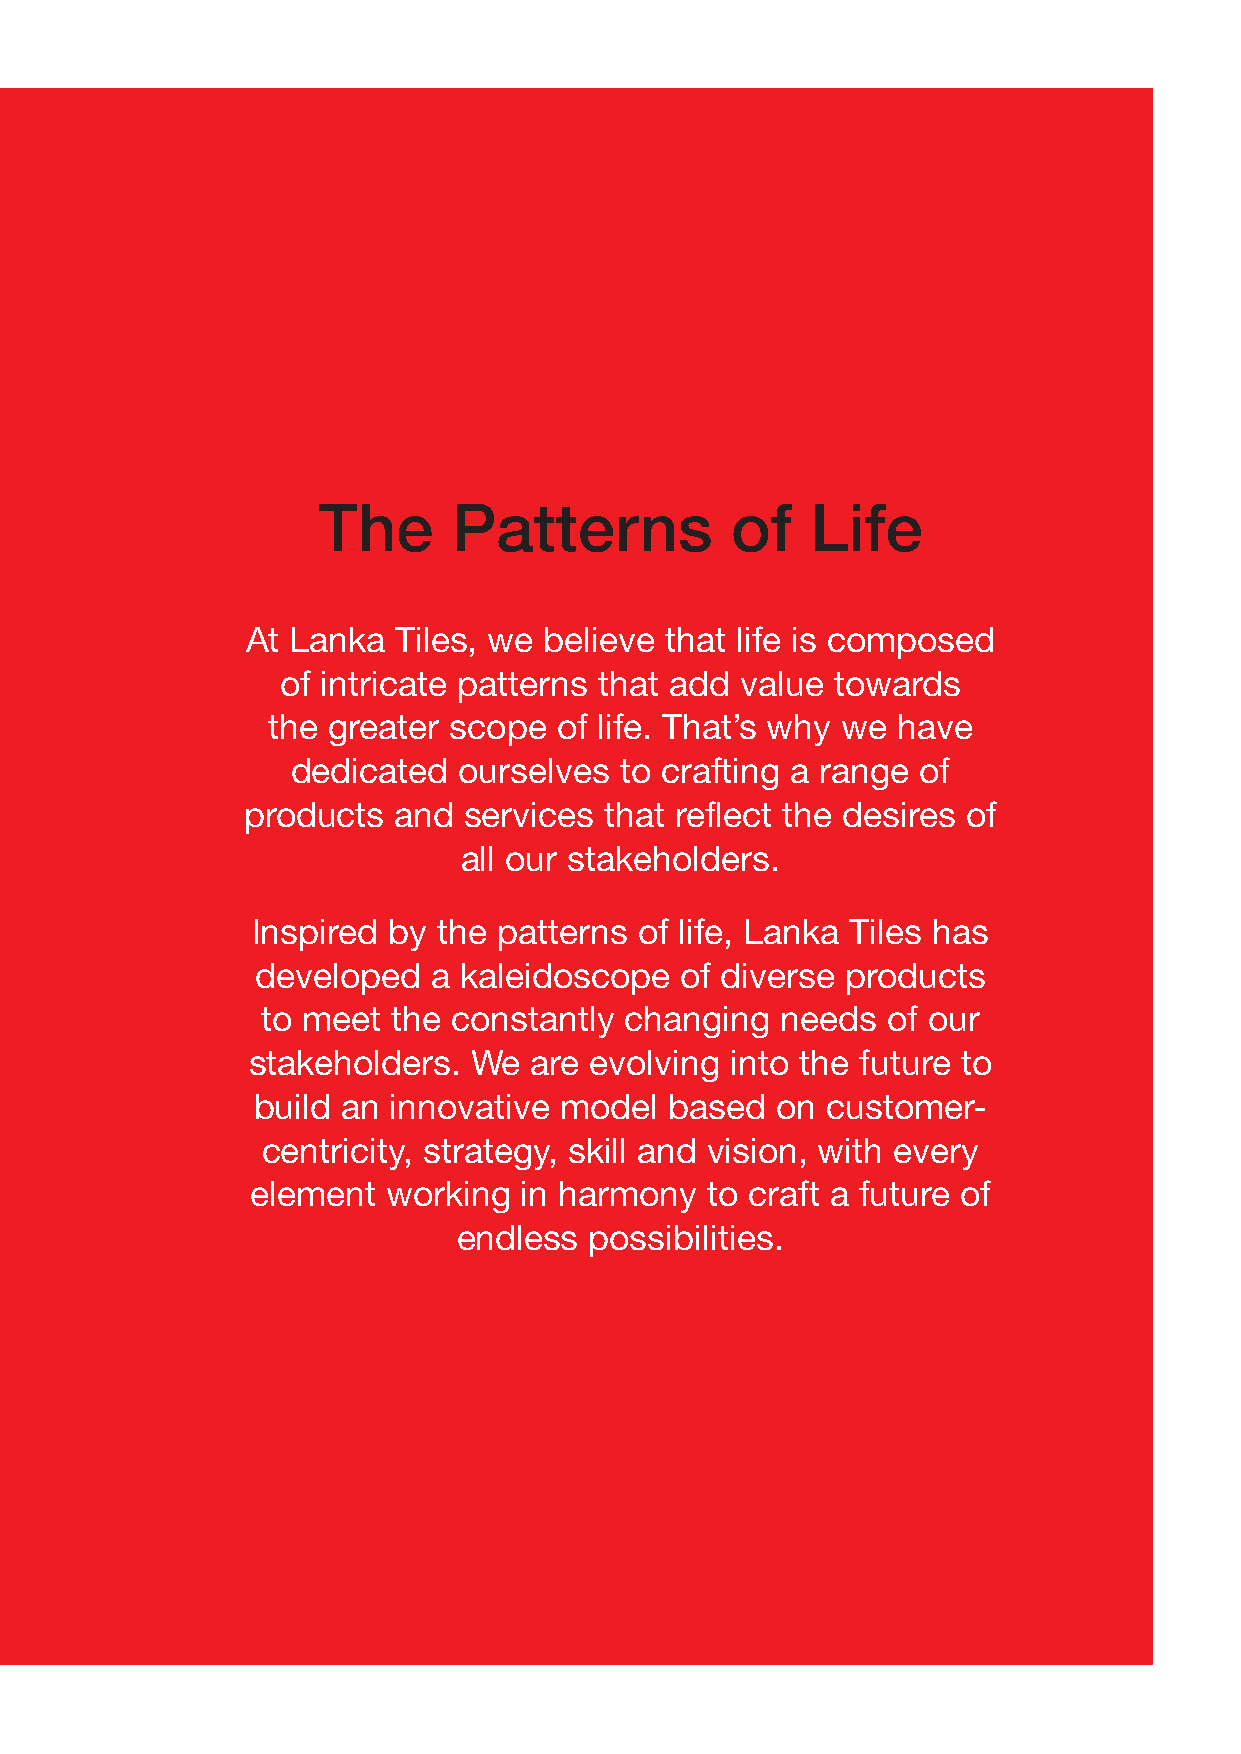
The      Patterns          of    Life
 At Lanka  Tiles, we believe that life is composed
 of intricate patterns that add value towards
 the greater scope  of life. That’s why we have
 dedicated  ourselves  to crafting a range of
 products  and  services that reflect the desires of
 all our stakeholders.
 Inspired by the patterns of life, Lanka Tiles has
 developed   a kaleidoscope  of diverse products
 to meet  the constantly changing   needs  of our
 stakeholders.  We  are evolving into the future to
 build an innovative model  based  on  customer-
 centricity, strategy, skill and vision, with every
 element  working in harmony   to craft a future of
 endless  possibilities.